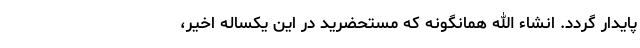
پایدار گردد. انشاء الله همانگونه که مستحضرید در این یکساله اخیر،